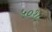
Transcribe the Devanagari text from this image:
५०१८